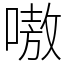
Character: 嗷